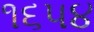
૧૬૫૪